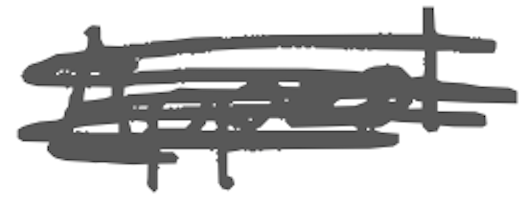
Text: Appeal
Cross-out: scratch
Writing tool: digital_gray